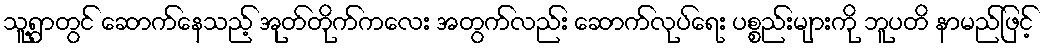
သူ့ရွာတွင် ဆောက်နေသည့် အုတ်တိုက်ကလေး အတွက်လည်း ဆောက်လုပ်ရေး ပစ္စည်းများကို ဘူပတိ နာမည်ဖြင့်